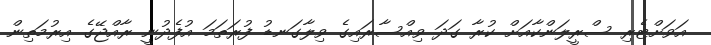
އަވަށްޓެރި ސްރީލަންކާއަށް ކުރާ ގަަދަ ވިއްސާރައިގެ ވިލާގަނޑު ފުރަތަމަ އުފެދުނީ ރާއްޖޭގެ އިރުމަތިން